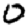
Digit: 0